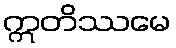
ဣတိဿမေ